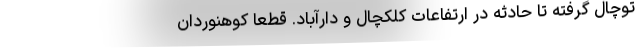
توچال گرفته تا حادثه در ارتفاعات کلکچال و دارآباد. قطعا کوهنوردان